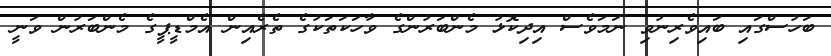
ބަހުސްގައި ބައިވެރިނުވި ނަމަވެސް އިދިކޮޅު މެންބަރުންގެ ވާހަކަތަކުގެ ތެރެއިން އެމްޑީޕީގެ މެންބަރުން ވަނީ